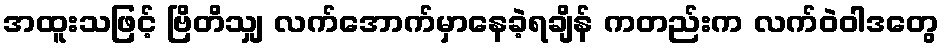
အထူးသဖြင့် ဗြိတိသျှ လက်အောက်မှာနေခဲ့ရချိန် ကတည်းက လက်ဝဲဝါဒတွေ